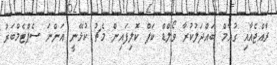
ރާއްޖެއާއި ގުއާމް ބައްދަލުކުރާ ވޯލްޑް ކަޕް ކޮލިފައިން މެޗު ކުޅޭނީ އަންނަ ސެޕްޓެމްބަރު